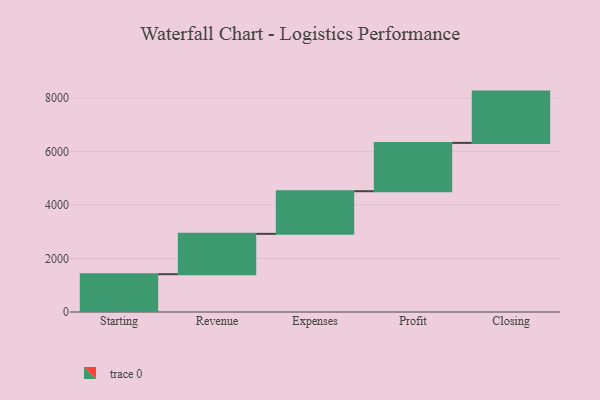
{"axis": {"x": "Step", "y": "Value"}, "legend": [""], "data": [{"x": "Starting", "y": 1412.0, "type": ""}, {"x": "Revenue", "y": 1508.0, "type": ""}, {"x": "Expenses", "y": 1593.0, "type": ""}, {"x": "Profit", "y": 1806.0, "type": ""}, {"x": "Closing", "y": 1916.0, "type": ""}]}